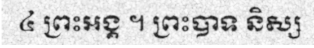
៤ ព្រះអង្គ ។ ព្រះបាទ និស្ស